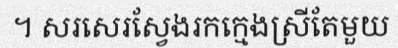
។ សរសេរស្វែងរកក្មេងស្រីតែមួយ